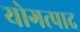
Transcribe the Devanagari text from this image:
योगत्पाद